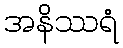
အနိဿရံ